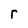
Character: r